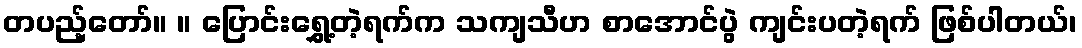
တပည့်တော်။ ။ ပြောင်းရွှေ့တဲ့ရက်က သကျသီဟ စာအောင်ပွဲ ကျင်းပတဲ့ရက် ဖြစ်ပါတယ်၊